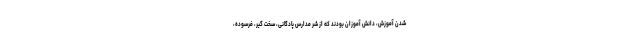
شدن آموزش، دانش آموزان بودند که از شر مدارس پادگانی، سخت گیر، فرسوده،